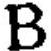
\(B\)